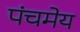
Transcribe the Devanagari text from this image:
पंचमेय